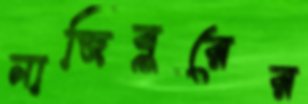
নাজিবুরের